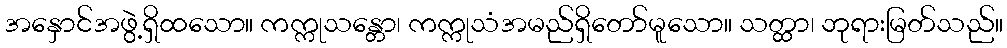
အနှောင်အဖွဲ့ရှိထသော။ ကက္ကုသန္တော၊ ကက္ကုသံအမည်ရှိတော်မူသော။ သတ္ထာ၊ ဘုရားမြတ်သည်။